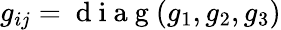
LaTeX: g_{ij}=\mathrm{~d~i~a~g~}(g_{1},g_{2},g_{3})